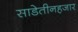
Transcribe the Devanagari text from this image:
साडेतीनहजार